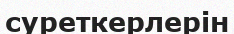
суреткерлерін